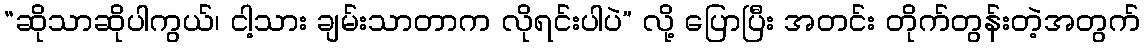
“ဆိုသာဆိုပါကွယ်၊ ငါ့သား ချမ်းသာတာက လိုရင်းပါပဲ” လို့ ပြောပြီး အတင်း တိုက်တွန်းတဲ့အတွက်